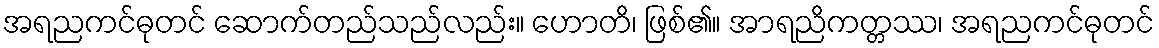
အရညကင်ဓုတင် ဆောက်တည်သည်လည်း။ ဟောတိ၊ ဖြစ်၏။ အာရညိကတ္တဿ၊ အရညကင်ဓုတင်